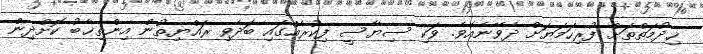
ޚިދުމަތްތަށް ފުރިހަމަޔަށް ދެވޭނެއެވެ. ވަކި ސިޔާސީ ފިކުރެއްގައި ބަދެވި ރައްޔިތުން އިންތިޚާބު ކޮށްދިން